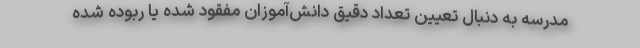
مدرسه به دنبال تعیین تعداد دقیق دانش‌آموزان مفقود شده یا ربوده شده